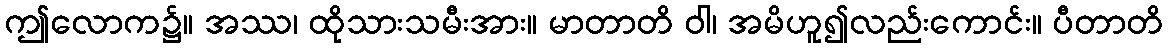
ဤလောက၌။ အဿ၊ ထိုသားသမီးအား။ မာတာတိ ဝါ၊ အမိဟူ၍လည်းကောင်း။ ပီတာတိ